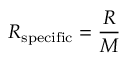
R _ { \mathrm { { s p e c i f i c } } } = { \frac { R } { M } }